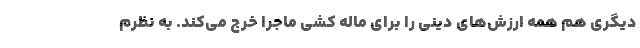
دیگری هم همه ارزش‌های دینی را برای ماله کشی ماجرا خرج می‌کند. به نظرم